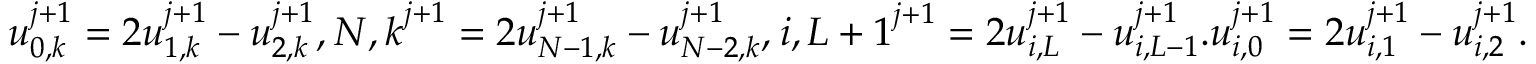
\begin{array} { r } { u _ { 0 , k } ^ { j + 1 } = 2 u _ { 1 , k } ^ { j + 1 } - u _ { 2 , k } ^ { j + 1 } , \u _ { N , k } ^ { j + 1 } = 2 u _ { N - 1 , k } ^ { j + 1 } - u _ { N - 2 , k } ^ { j + 1 } , \u _ { i , L + 1 } ^ { j + 1 } = 2 u _ { i , L } ^ { j + 1 } - u _ { i , L - 1 } ^ { j + 1 } . u _ { i , 0 } ^ { j + 1 } = 2 u _ { i , 1 } ^ { j + 1 } - u _ { i , 2 } ^ { j + 1 } . } \end{array}